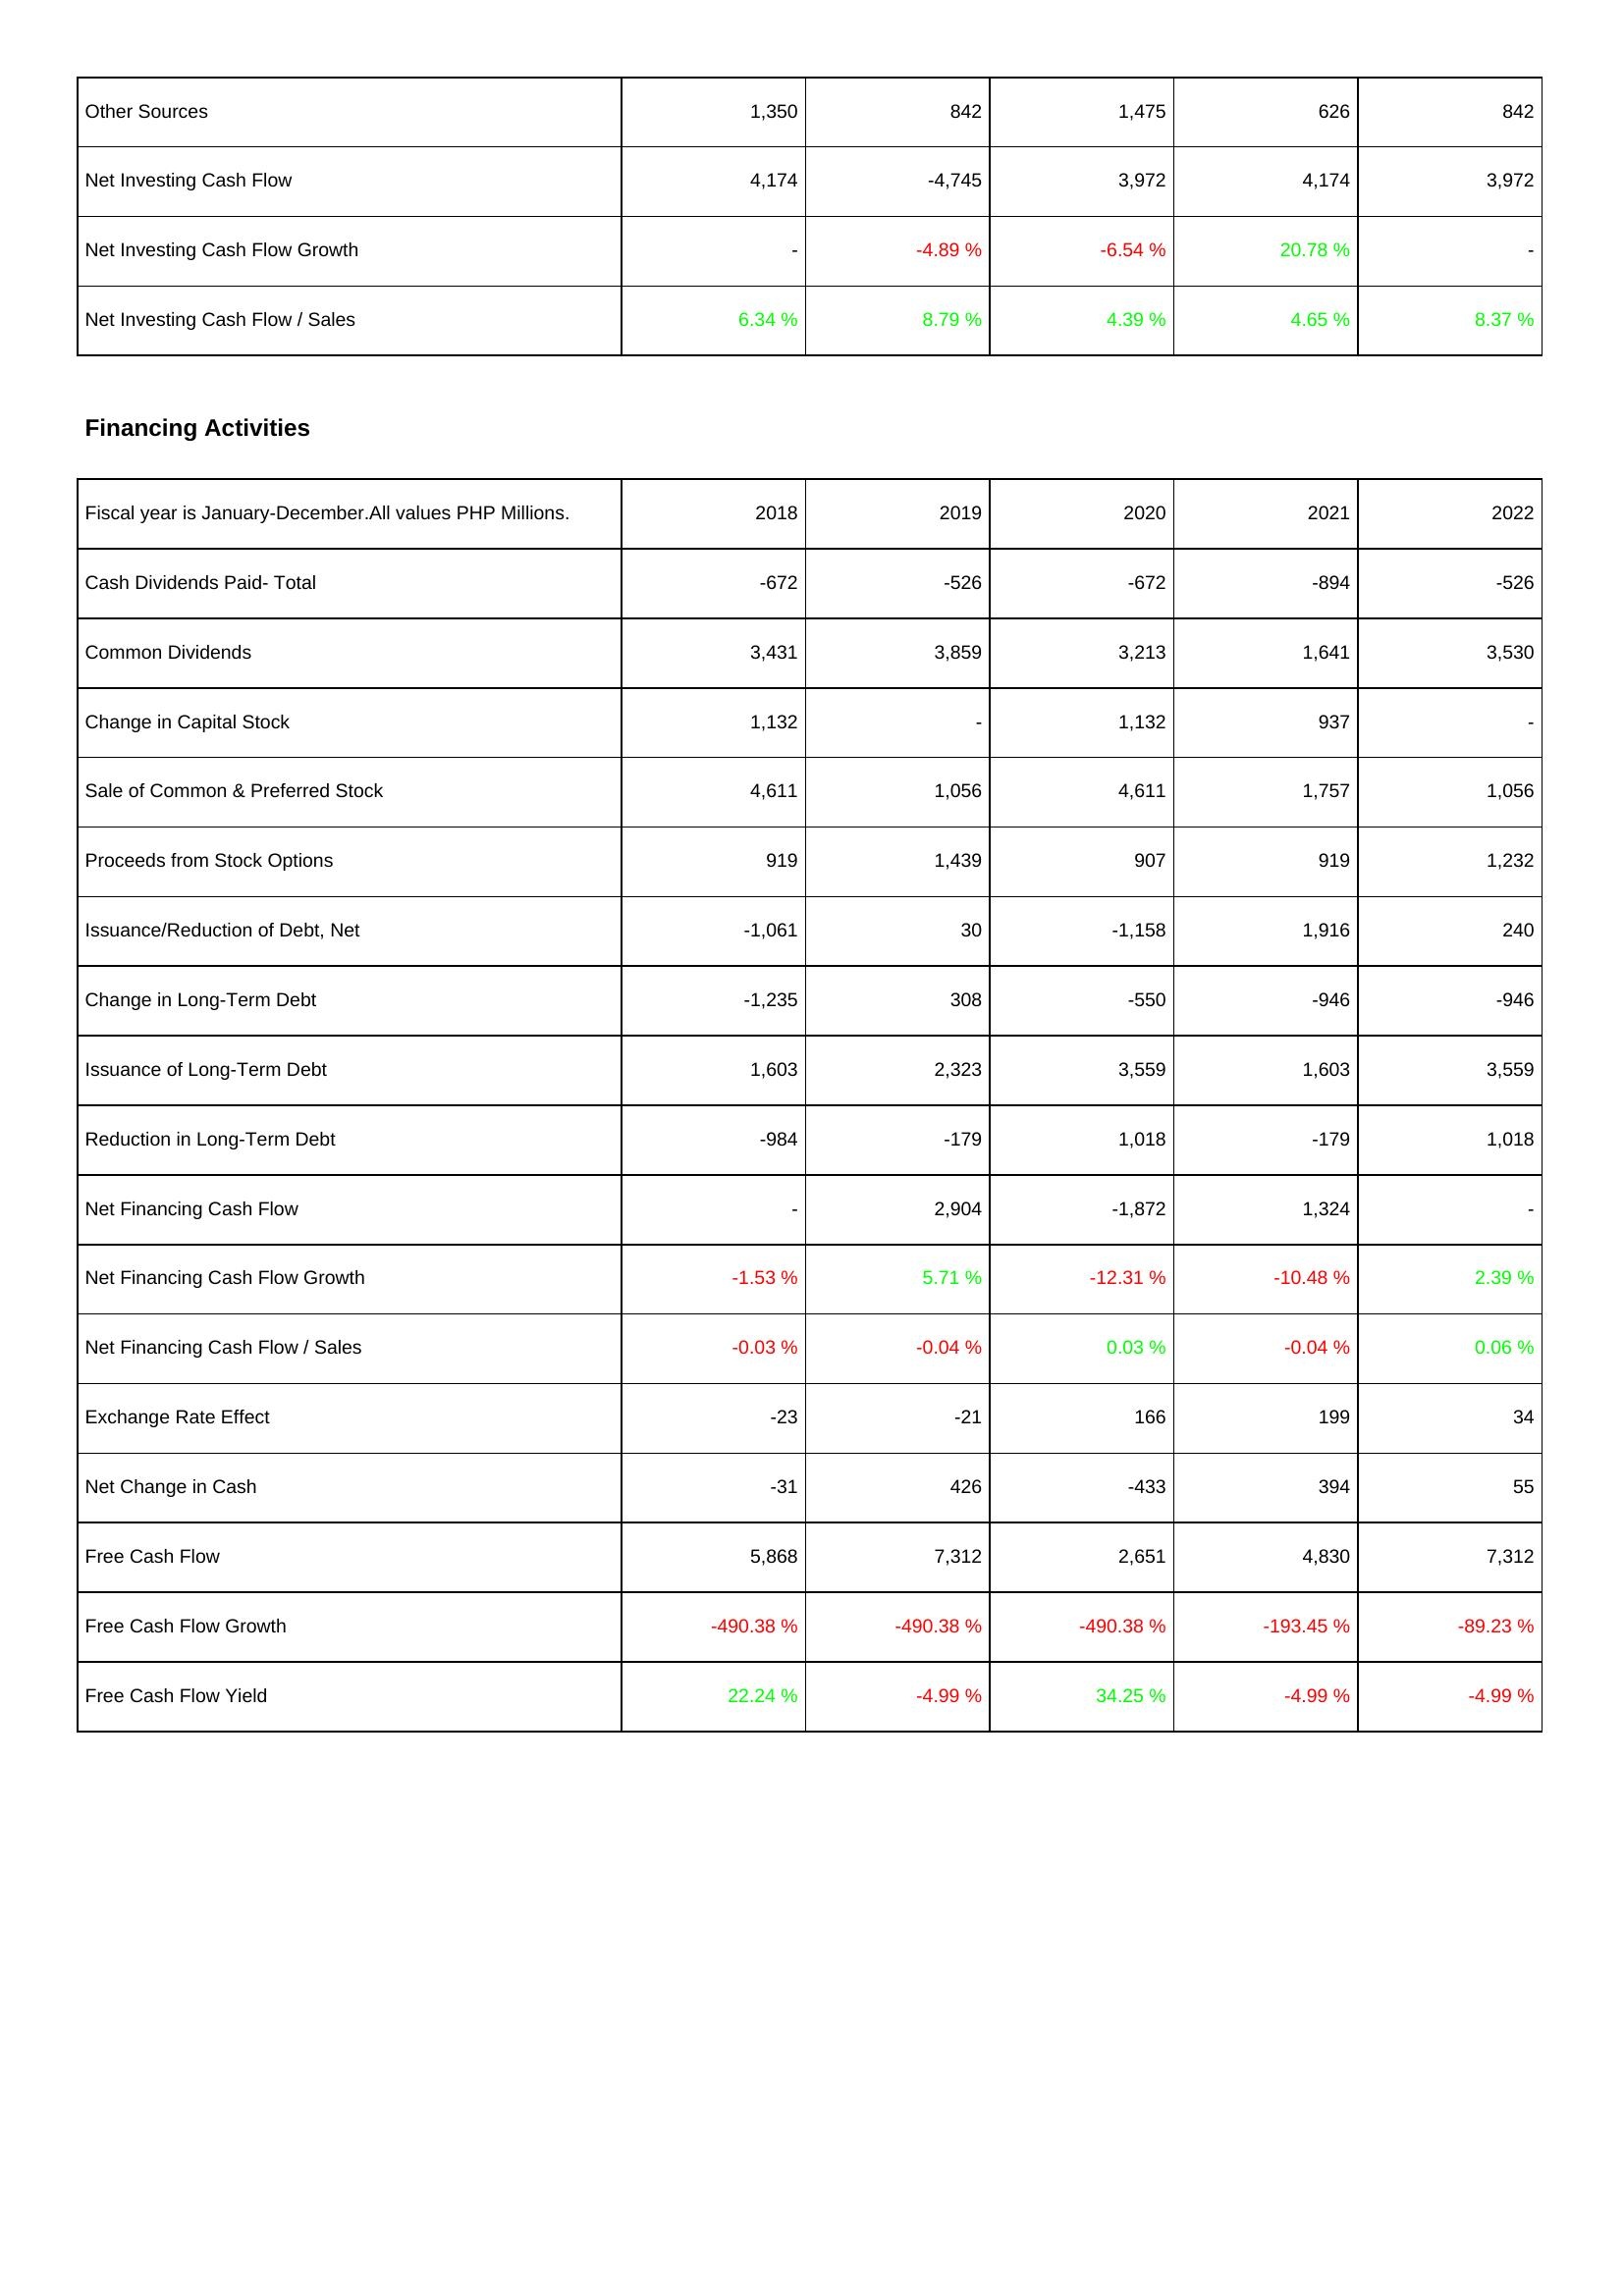
2018: Investing Activities: Other Sources: 1,350
Net Investing Cash Flow: 4,174
Net Investing Cash Flow Growth: -
Net Investing Cash Flow / Sales: 6.34 %
Financing Activities: Cash Dividends Paid- Total: -672
Common Dividends: 3,431
Change in Capital Stock: 1,132
Sale of Common & Preferred Stock: 4,611
Proceeds from Stock Options: 919
Issuance/Reduction of Debt, Net: -1,061
Change in Long-Term Debt: -1,235
Issuance of Long-Term Debt: 1,603
Reduction in Long-Term Debt: -984
Net Financing Cash Flow: -
Net Financing Cash Flow Growth: -1.53 %
Net Financing Cash Flow / Sales: -0.03 %
Exchange Rate Effect: -23
Net Change in Cash: -31
Free Cash Flow: 5,868
Free Cash Flow Growth: -490.38 %
Free Cash Flow Yield: 22.24 %
2019: Investing Activities: Other Sources: 842
Net Investing Cash Flow: -4,745
Net Investing Cash Flow Growth: -4.89 %
Net Investing Cash Flow / Sales: 8.79 %
Financing Activities: Cash Dividends Paid- Total: -526
Common Dividends: 3,859
Change in Capital Stock: -
Sale of Common & Preferred Stock: 1,056
Proceeds from Stock Options: 1,439
Issuance/Reduction of Debt, Net: 30
Change in Long-Term Debt: 308
Issuance of Long-Term Debt: 2,323
Reduction in Long-Term Debt: -179
Net Financing Cash Flow: 2,904
Net Financing Cash Flow Growth: 5.71 %
Net Financing Cash Flow / Sales: -0.04 %
Exchange Rate Effect: -21
Net Change in Cash: 426
Free Cash Flow: 7,312
Free Cash Flow Growth: -490.38 %
Free Cash Flow Yield: -4.99 %
2020: Investing Activities: Other Sources: 1,475
Net Investing Cash Flow: 3,972
Net Investing Cash Flow Growth: -6.54 %
Net Investing Cash Flow / Sales: 4.39 %
Financing Activities: Cash Dividends Paid- Total: -672
Common Dividends: 3,213
Change in Capital Stock: 1,132
Sale of Common & Preferred Stock: 4,611
Proceeds from Stock Options: 907
Issuance/Reduction of Debt, Net: -1,158
Change in Long-Term Debt: -550
Issuance of Long-Term Debt: 3,559
Reduction in Long-Term Debt: 1,018
Net Financing Cash Flow: -1,872
Net Financing Cash Flow Growth: -12.31 %
Net Financing Cash Flow / Sales: 0.03 %
Exchange Rate Effect: 166
Net Change in Cash: -433
Free Cash Flow: 2,651
Free Cash Flow Growth: -490.38 %
Free Cash Flow Yield: 34.25 %
2021: Investing Activities: Other Sources: 626
Net Investing Cash Flow: 4,174
Net Investing Cash Flow Growth: 20.78 %
Net Investing Cash Flow / Sales: 4.65 %
Financing Activities: Cash Dividends Paid- Total: -894
Common Dividends: 1,641
Change in Capital Stock: 937
Sale of Common & Preferred Stock: 1,757
Proceeds from Stock Options: 919
Issuance/Reduction of Debt, Net: 1,916
Change in Long-Term Debt: -946
Issuance of Long-Term Debt: 1,603
Reduction in Long-Term Debt: -179
Net Financing Cash Flow: 1,324
Net Financing Cash Flow Growth: -10.48 %
Net Financing Cash Flow / Sales: -0.04 %
Exchange Rate Effect: 199
Net Change in Cash: 394
Free Cash Flow: 4,830
Free Cash Flow Growth: -193.45 %
Free Cash Flow Yield: -4.99 %
2022: Investing Activities: Other Sources: 842
Net Investing Cash Flow: 3,972
Net Investing Cash Flow Growth: -
Net Investing Cash Flow / Sales: 8.37 %
Financing Activities: Cash Dividends Paid- Total: -526
Common Dividends: 3,530
Change in Capital Stock: -
Sale of Common & Preferred Stock: 1,056
Proceeds from Stock Options: 1,232
Issuance/Reduction of Debt, Net: 240
Change in Long-Term Debt: -946
Issuance of Long-Term Debt: 3,559
Reduction in Long-Term Debt: 1,018
Net Financing Cash Flow: -
Net Financing Cash Flow Growth: 2.39 %
Net Financing Cash Flow / Sales: 0.06 %
Exchange Rate Effect: 34
Net Change in Cash: 55
Free Cash Flow: 7,312
Free Cash Flow Growth: -89.23 %
Free Cash Flow Yield: -4.99 %